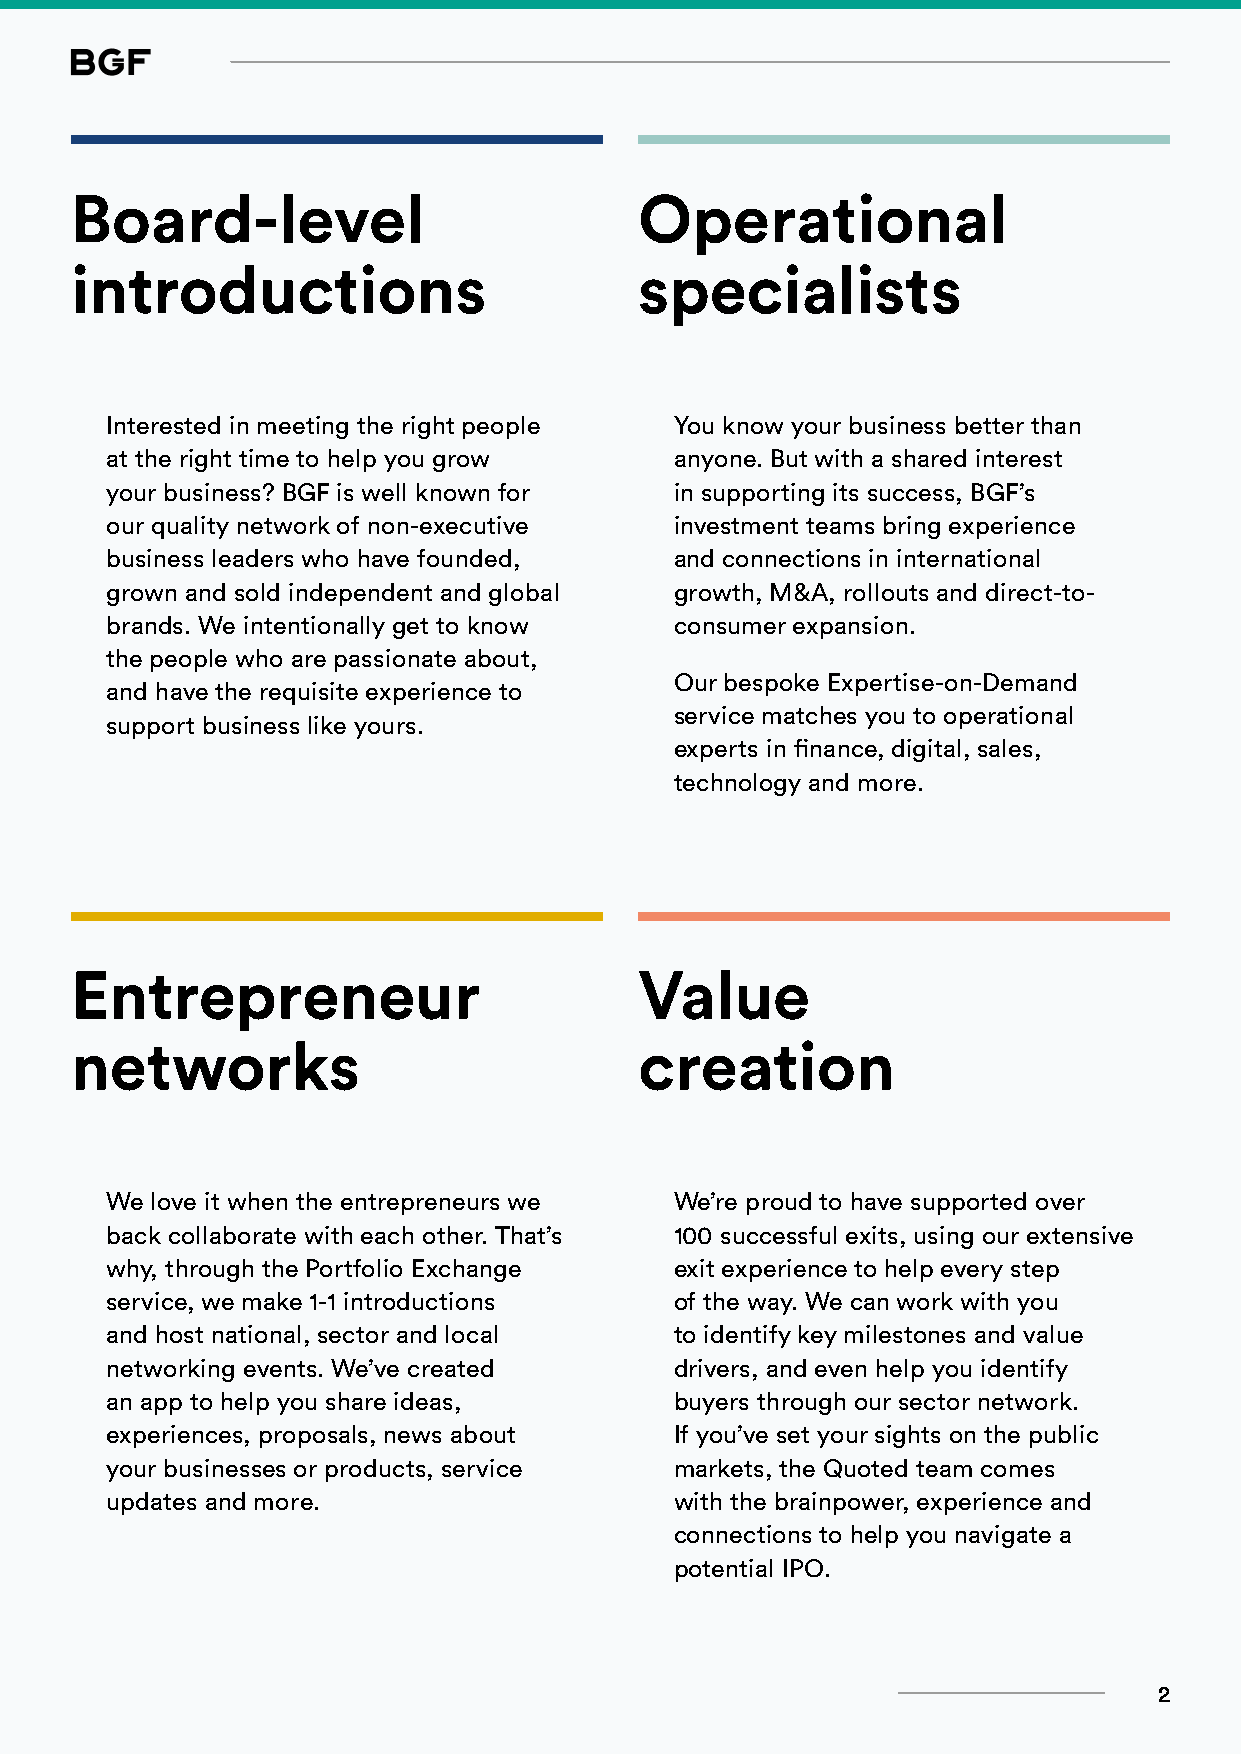
Board-level                          Operational
 introductions                        specialists
 Interested in meeting the right people You know your business better than
 at the right time to help you grow    anyone. But with a shared interest
 your business? BGF is well known for  in supporting its success, BGF’s
 our quality network of non-executive  investment teams bring experience
 business leaders who have founded,    and connections in international
 grown and sold independent and global growth, M&A, rollouts and direct-to-
 brands. We intentionally get to know  consumer expansion.
 the people who are passionate about,
 Our bespoke Expertise-on-Demand
 and have the requisite experience to
 service matches you to operational
 support business like yours.
 experts in finance, digital, sales,
 technology and more.
 Entrepreneur                         Value
 networks                             creation
 We love it when the entrepreneurs we  We’re proud to have supported over
 back collaborate with each other. That’s 100 successful exits, using our extensive
 why, through the Portfolio Exchange   exit experience to help every step
 service, we make 1-1 introductions    of the way. We can work with you
 and host national, sector and local   to identify key milestones and value
 networking events. We’ve created      drivers, and even help you identify
 an app to help you share ideas,       buyers through our sector network.
 experiences, proposals, news about    If you’ve set your sights on the public
 your businesses or products, service  markets, the Quoted team comes
 updates and more.                     with the brainpower, experience and
 connections to help you navigate a
 potential IPO.
 2